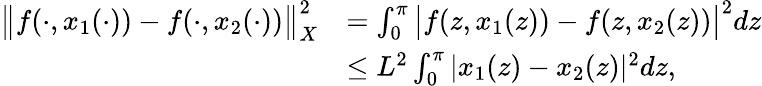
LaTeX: \begin{array}{rl}{\big\| f(\cdot,x_{1}(\cdot))-f(\cdot,x_{2}(\cdot))\big\| _{X}^{2}}&{=\int_{0}^{\pi}\big|f(z,x_{1}(z))-f(z,x_{2}(z))\big|^{2}dz}\\ &{\leq L^{2}\int_{0}^{\pi}|x_{1}(z)-x_{2}(z)|^{2}dz,}\end{array}